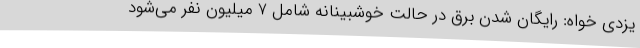
یزدی خواه: رایگان شدن برق در حالت خوشبینانه شامل 7 میلیون نفر می‌شود